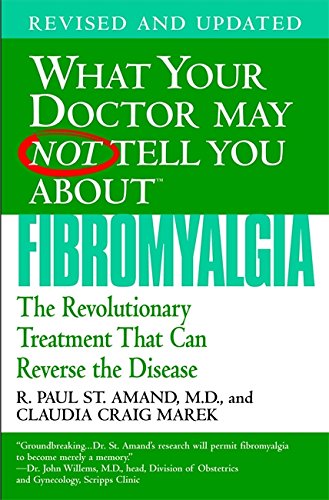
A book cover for What Your Doctor May Not Tell You About Fibromyalgia: The Revolutionary Treatment That Can Reverse the Disease; R. Paul St. Amand; Health, Fitness & Dieting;